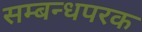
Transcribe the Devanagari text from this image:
सम्बन्धपरक